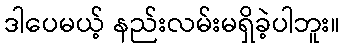
ဒါပေမယ့် နည်းလမ်းမရှိခဲ့ပါဘူး။